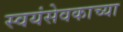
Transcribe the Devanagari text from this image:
स्वयंसेवकाच्या